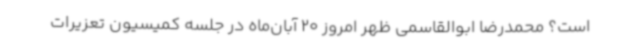
است؟ محمدرضا ابوالقاسمی ظهر امروز 20 آبان‌ماه در جلسه کمیسیون تعزیرات